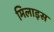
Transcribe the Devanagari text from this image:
मिलाइस